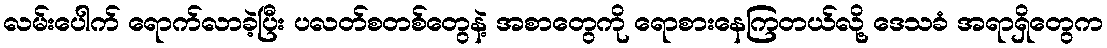
လမ်းပေါက် ရောက်လာခဲ့ပြီး ပလတ်စတစ်တွေနဲ့ အစာတွေကို ရောစားနေကြတယ်လို့ ဒေသခံ အရာရှိတွေက